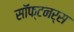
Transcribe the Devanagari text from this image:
सॉफ्टनर्स